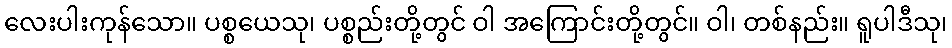
လေးပါးကုန်သော။ ပစ္စယေသု၊ ပစ္စည်းတို့တွင် ဝါ အကြောင်းတို့တွင်။ ဝါ၊ တစ်နည်း။ ရူပါဒီသု၊